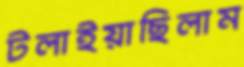
টলাইয়াছিলাম